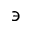
\backepsilon